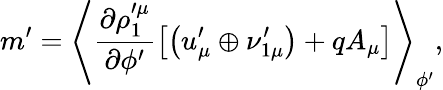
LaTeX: m^{\prime}=\left\langle\frac{\partial\rho_{1}^{\prime\mu}}{\partial\phi^{\prime}}\left[\left(u_{\mu}^{\prime}\oplus\nu_{1\mu}^{\prime}\right)+qA_{\mu}\right]\right\rangle_{\phi^{\prime}},